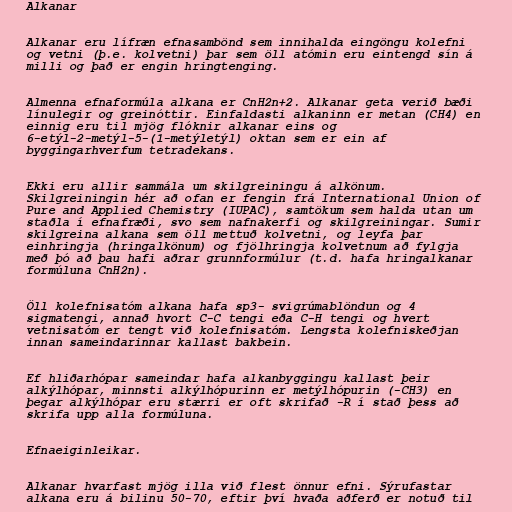
Alkanar

Alkanar eru lífræn efnasambönd sem innihalda eingöngu kolefni
og vetni (þ.e. kolvetni) þar sem öll atómin eru eintengd sín á
milli og það er engin hringtenging.

Almenna efnaformúla alkana er CnH2n+2. Alkanar geta verið bæði
línulegir og greinóttir. Einfaldasti alkaninn er metan (CH4) en
einnig eru til mjög flóknir alkanar eins og
6-etýl-2-metýl-5-(1-metýletýl) oktan sem er ein af
byggingarhverfum tetradekans.

Ekki eru allir sammála um skilgreiningu á alkönum.
Skilgreiningin hér að ofan er fengin frá International Union of
Pure and Applied Chemistry (IUPAC), samtökum sem halda utan um
staðla í efnafræði, svo sem nafnakerfi og skilgreiningar. Sumir
skilgreina alkana sem öll mettuð kolvetni, og leyfa þar
einhringja (hringalkönum) og fjölhringja kolvetnum að fylgja
með þó að þau hafi aðrar grunnformúlur (t.d. hafa hringalkanar
formúluna CnH2n).

Öll kolefnisatóm alkana hafa sp3- svigrúmablöndun og 4
sigmatengi, annað hvort C-C tengi eða C-H tengi og hvert
vetnisatóm er tengt við kolefnisatóm. Lengsta kolefniskeðjan
innan sameindarinnar kallast bakbein.

Ef hliðarhópar sameindar hafa alkanbyggingu kallast þeir
alkýlhópar, minnsti alkýlhópurinn er metýlhópurin (-CH3) en
þegar alkýlhópar eru stærri er oft skrifað -R í stað þess að
skrifa upp alla formúluna.

Efnaeiginleikar.

Alkanar hvarfast mjög illa við flest önnur efni. Sýrufastar
alkana eru á bilinu 50-70, eftir því hvaða aðferð er notuð til